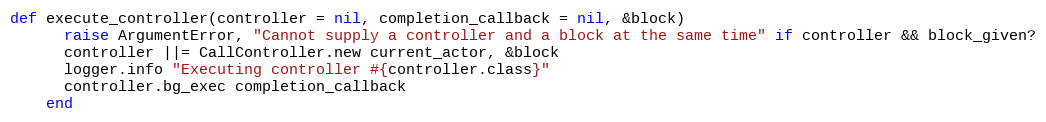
Language: Ruby
def execute_controller(controller = nil, completion_callback = nil, &block)
      raise ArgumentError, "Cannot supply a controller and a block at the same time" if controller && block_given?
      controller ||= CallController.new current_actor, &block
      logger.info "Executing controller #{controller.class}"
      controller.bg_exec completion_callback
    end